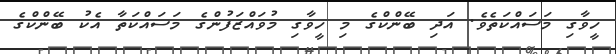
ހީވާގި މަސައްކަތެވެ. އަދި ބޭންކްގެ މި ހީވާގި މުވައްޒަފުންގެ މަސައްކަތާ އެކު ބޭންކްގެ